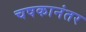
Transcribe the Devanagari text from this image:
चषकानंतर